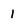
Character: 1